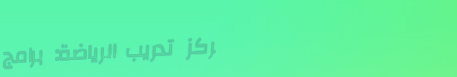
مركز تدريب الرياضة: برامج